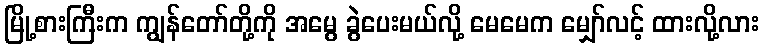
မြို့စားကြီးက ကျွန်တော်တို့ကို အမွေ ခွဲပေးမယ်လို့ မေမေက မျှော်လင့် ထားလို့လား